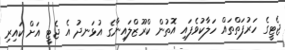
ޖެޓީގެ ހަރުފަތްތައް ހަލާކުވެފައި އޮތުން ކްރޫޒްލައިނާގެ އުޅަނދު އެ ޖެޓީ އަށް ކައިރި